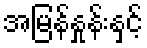
အမြန်နှုန်းနှင့်